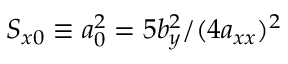
S _ { x 0 } \equiv a _ { 0 } ^ { 2 } = 5 b _ { y } ^ { 2 } / ( 4 a _ { x x } ) ^ { 2 }